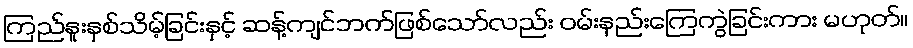
ကြည်နူးနှစ်သိမ့်ခြင်းနှင့် ဆန့်ကျင်ဘက်ဖြစ်သော်လည်း ဝမ်းနည်းကြေကွဲခြင်းကား မဟုတ်။